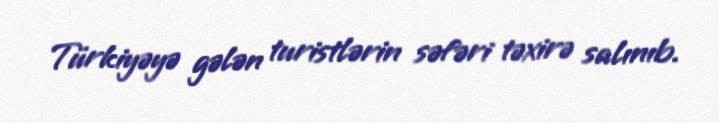
Türkiyəyə gələn turistlərin səfəri təxirə salınıb.